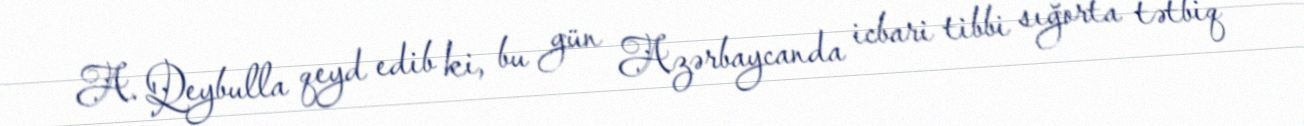
A. Qeybulla qeyd edib ki, bu gün Azərbaycanda icbari tibbi sığorta tətbiq